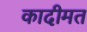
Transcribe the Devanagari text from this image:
कादीमत